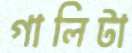
গালিটা